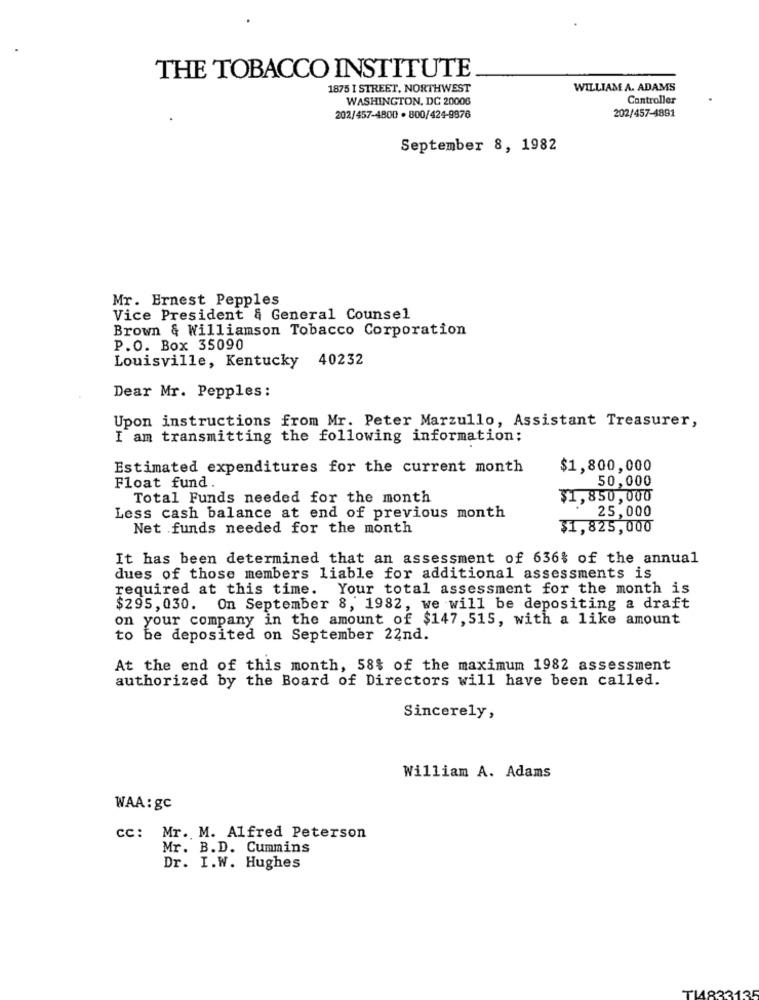
THE TOBACCO INSTITUTE
1875 I STREET, NORTHWEST
WILLIAM A. ADAMS
WASHINGTON, DC 20008
Controller
202/457-4800 · 800/424-9876
202/457-4891
September 8, 1982
Mr. Ernest Pepples
Vice President & General Counsel
Brown & Williamson Tobacco Corporation
P.O. Box 35090
Louisville, Kentucky 40232
Dear Mr. Pepples:
Upon instructions from Mr. Peter Marzullo, Assistant Treasurer,
I am transmitting the following information:
Estimated expenditures for the current month
$1,800,000
50,000
Float fund.
Total Funds needed for the month
$1,850,000
25,000
Less cash balance at end of previous month
Net funds needed for the month
$1,825,000
It has been determined that an assessment of 636% of the annual
dues of those members liable for additional assessments is
required at this time. Your total assessment for the month is
$295, 030. On September 8, 1982, we will be depositing a draft
on your company in the amount of $147, 515, with a like amount
to be deposited on September 22nd.
At the end of this month, 58% of the maximum 1982 assessment
authorized by the Board of Directors will have been called.
Sincerely,
William A. Adams
WAA: gc
cc: Mr. M. Alfred Peterson
Mr. B.D. Cummins
Dr. I.W. Hughes
TI